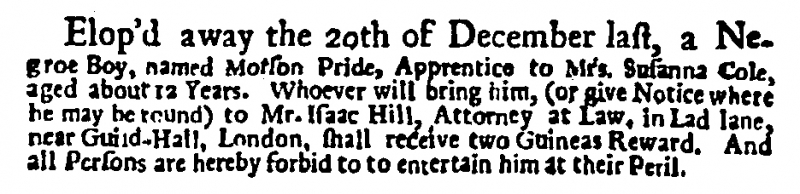
Daily Post, 2 February 1725 (England)
Elop’d away the 20th of December last, a Negroe Boy, named Morson Pride, Apprentice to Mrs. Susanna Cole, aged about 12 Years. Whoever will bring him, (or give Notice where he may be found) to Mr. Isaac Hill, Attorney at Law, in Lad lane, near Guild-Hall, London, shall receive two Guineas Reward. And all Persons are hereby forbid to to entertain him at their Peril.